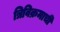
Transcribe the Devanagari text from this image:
त्रिविक्रमाची